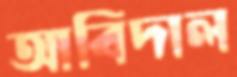
আবিদাল